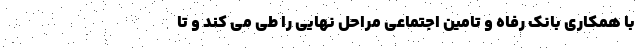
با همکاری بانک رفاه و تامین اجتماعی مراحل نهایی را طی می کند و تا